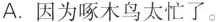
A.因为啄木鸟太忙了。